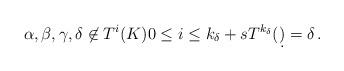
LaTeX: \begin{align*}\alpha,\beta,\gamma,\delta \not \in T^i(K) 0 \leq i \leq k_\delta+s T^{k_\delta}(\d) = \delta\,.\end{align*}